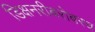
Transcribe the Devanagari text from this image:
डिक्षनरीबरोबरच